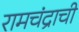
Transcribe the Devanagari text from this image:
रामचंद्राची